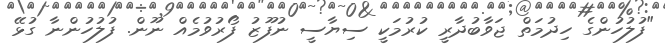
"ފުލުހުންގެ ހިދުމަތް ޖަވާބުދާރީ ކުރުމަކީ ސިޔާސީ ނުފޫޒު ފޯރުވުމެއް ނޫން. ފުލުހުންނާ ގުޅޭ